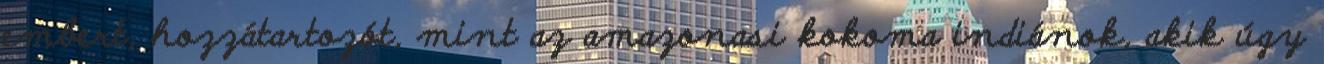
embert, hozzátartozót, mint az amazonasi kokoma indiánok, akik úgy